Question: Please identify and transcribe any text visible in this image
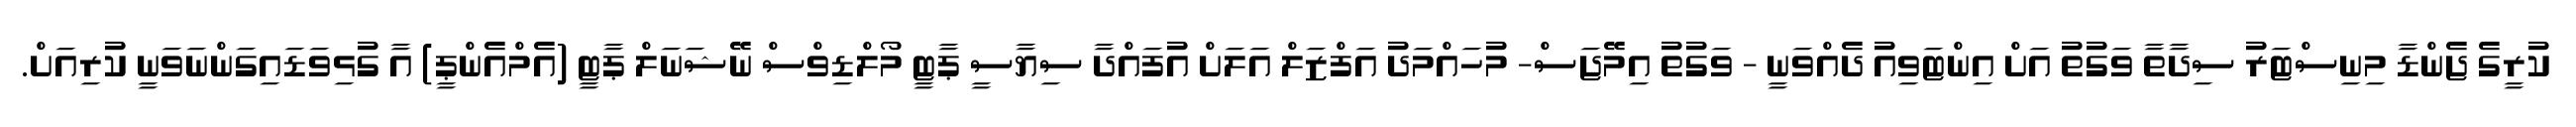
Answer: ކުރީގެ ޖެންޑާ މިނިސްޓަރު ސިދާތާ ވަގުތު އަށް އިންޓަވިއު ދެއްވަނީ - ވަގުތު އިމޭޖަސް- މުހައްމަދު އަފްޒަލް އަލަށް އުފައްދާ ސިޔާސީ ޕާޓީ މޯލްޑިވްސް ނޭޝަނަލް ޕާޓީ (އެމްއެންޕީ) އާ ގުޅިވަޑައިގަންނަވަނީ ކުރިއަށް.